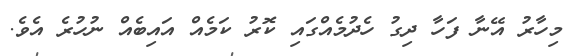
މިހާރު އޭނާ ފަހާ ދިގު ހެދުމެއްގައި ކޮރު ކަމެއް އައިބެއް ނުހުރެ އެވެ.